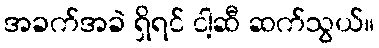
အခက်အခဲ ရှိရင် ငါ့ဆီ ဆက်သွယ်။